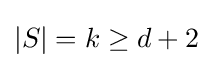
|S|=k\geq d+2